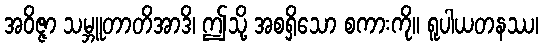
အဝိဇ္ဇာ သမ္ဘူတာတိအာဒိ၊ ဤသို့ အစရှိသော စကားကို။ ရူပါယတနဿ၊